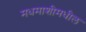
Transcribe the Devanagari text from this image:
मधमाशीमधील